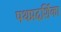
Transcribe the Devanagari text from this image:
पथप्रदर्शिका